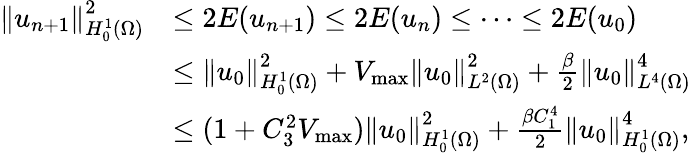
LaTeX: \begin{array}{rl}{\left\Vert u_{n+1}\right\Vert_{H_{0}^{1}(\Omega)}^{2}}&{\leq 2E(u_{n+1})\leq 2E(u_{n})\leq\cdots\leq 2E(u_{0})}\\ &{\leq\left\Vert u_{0}\right\Vert_{H_{0}^{1}(\Omega)}^{2}+V_{\operatorname*{max}}\left\Vert u_{0}\right\Vert_{L^{2}(\Omega)}^{2}+\frac{\beta}{2}\left\Vert u_{0}\right\Vert_{L^{4}(\Omega)}^{4}}\\ &{\leq(1+C_{3}^{2}V_{\operatorname*{max}})\left\Vert u_{0}\right\Vert_{H_{0}^{1}(\Omega)}^{2}+\frac{\beta C_{1}^{4}}{2}\left\Vert u_{0}\right\Vert_{H_{0}^{1}(\Omega)}^{4},}\end{array}